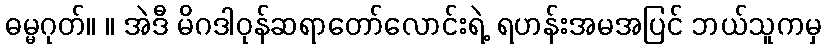
ဓမ္မဂုတ်။ ။ အဲဒီ မိဂဒါဝုန်ဆရာတော်လောင်းရဲ့ ရဟန်းအမအပြင် ဘယ်သူကမှ